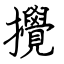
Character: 攪